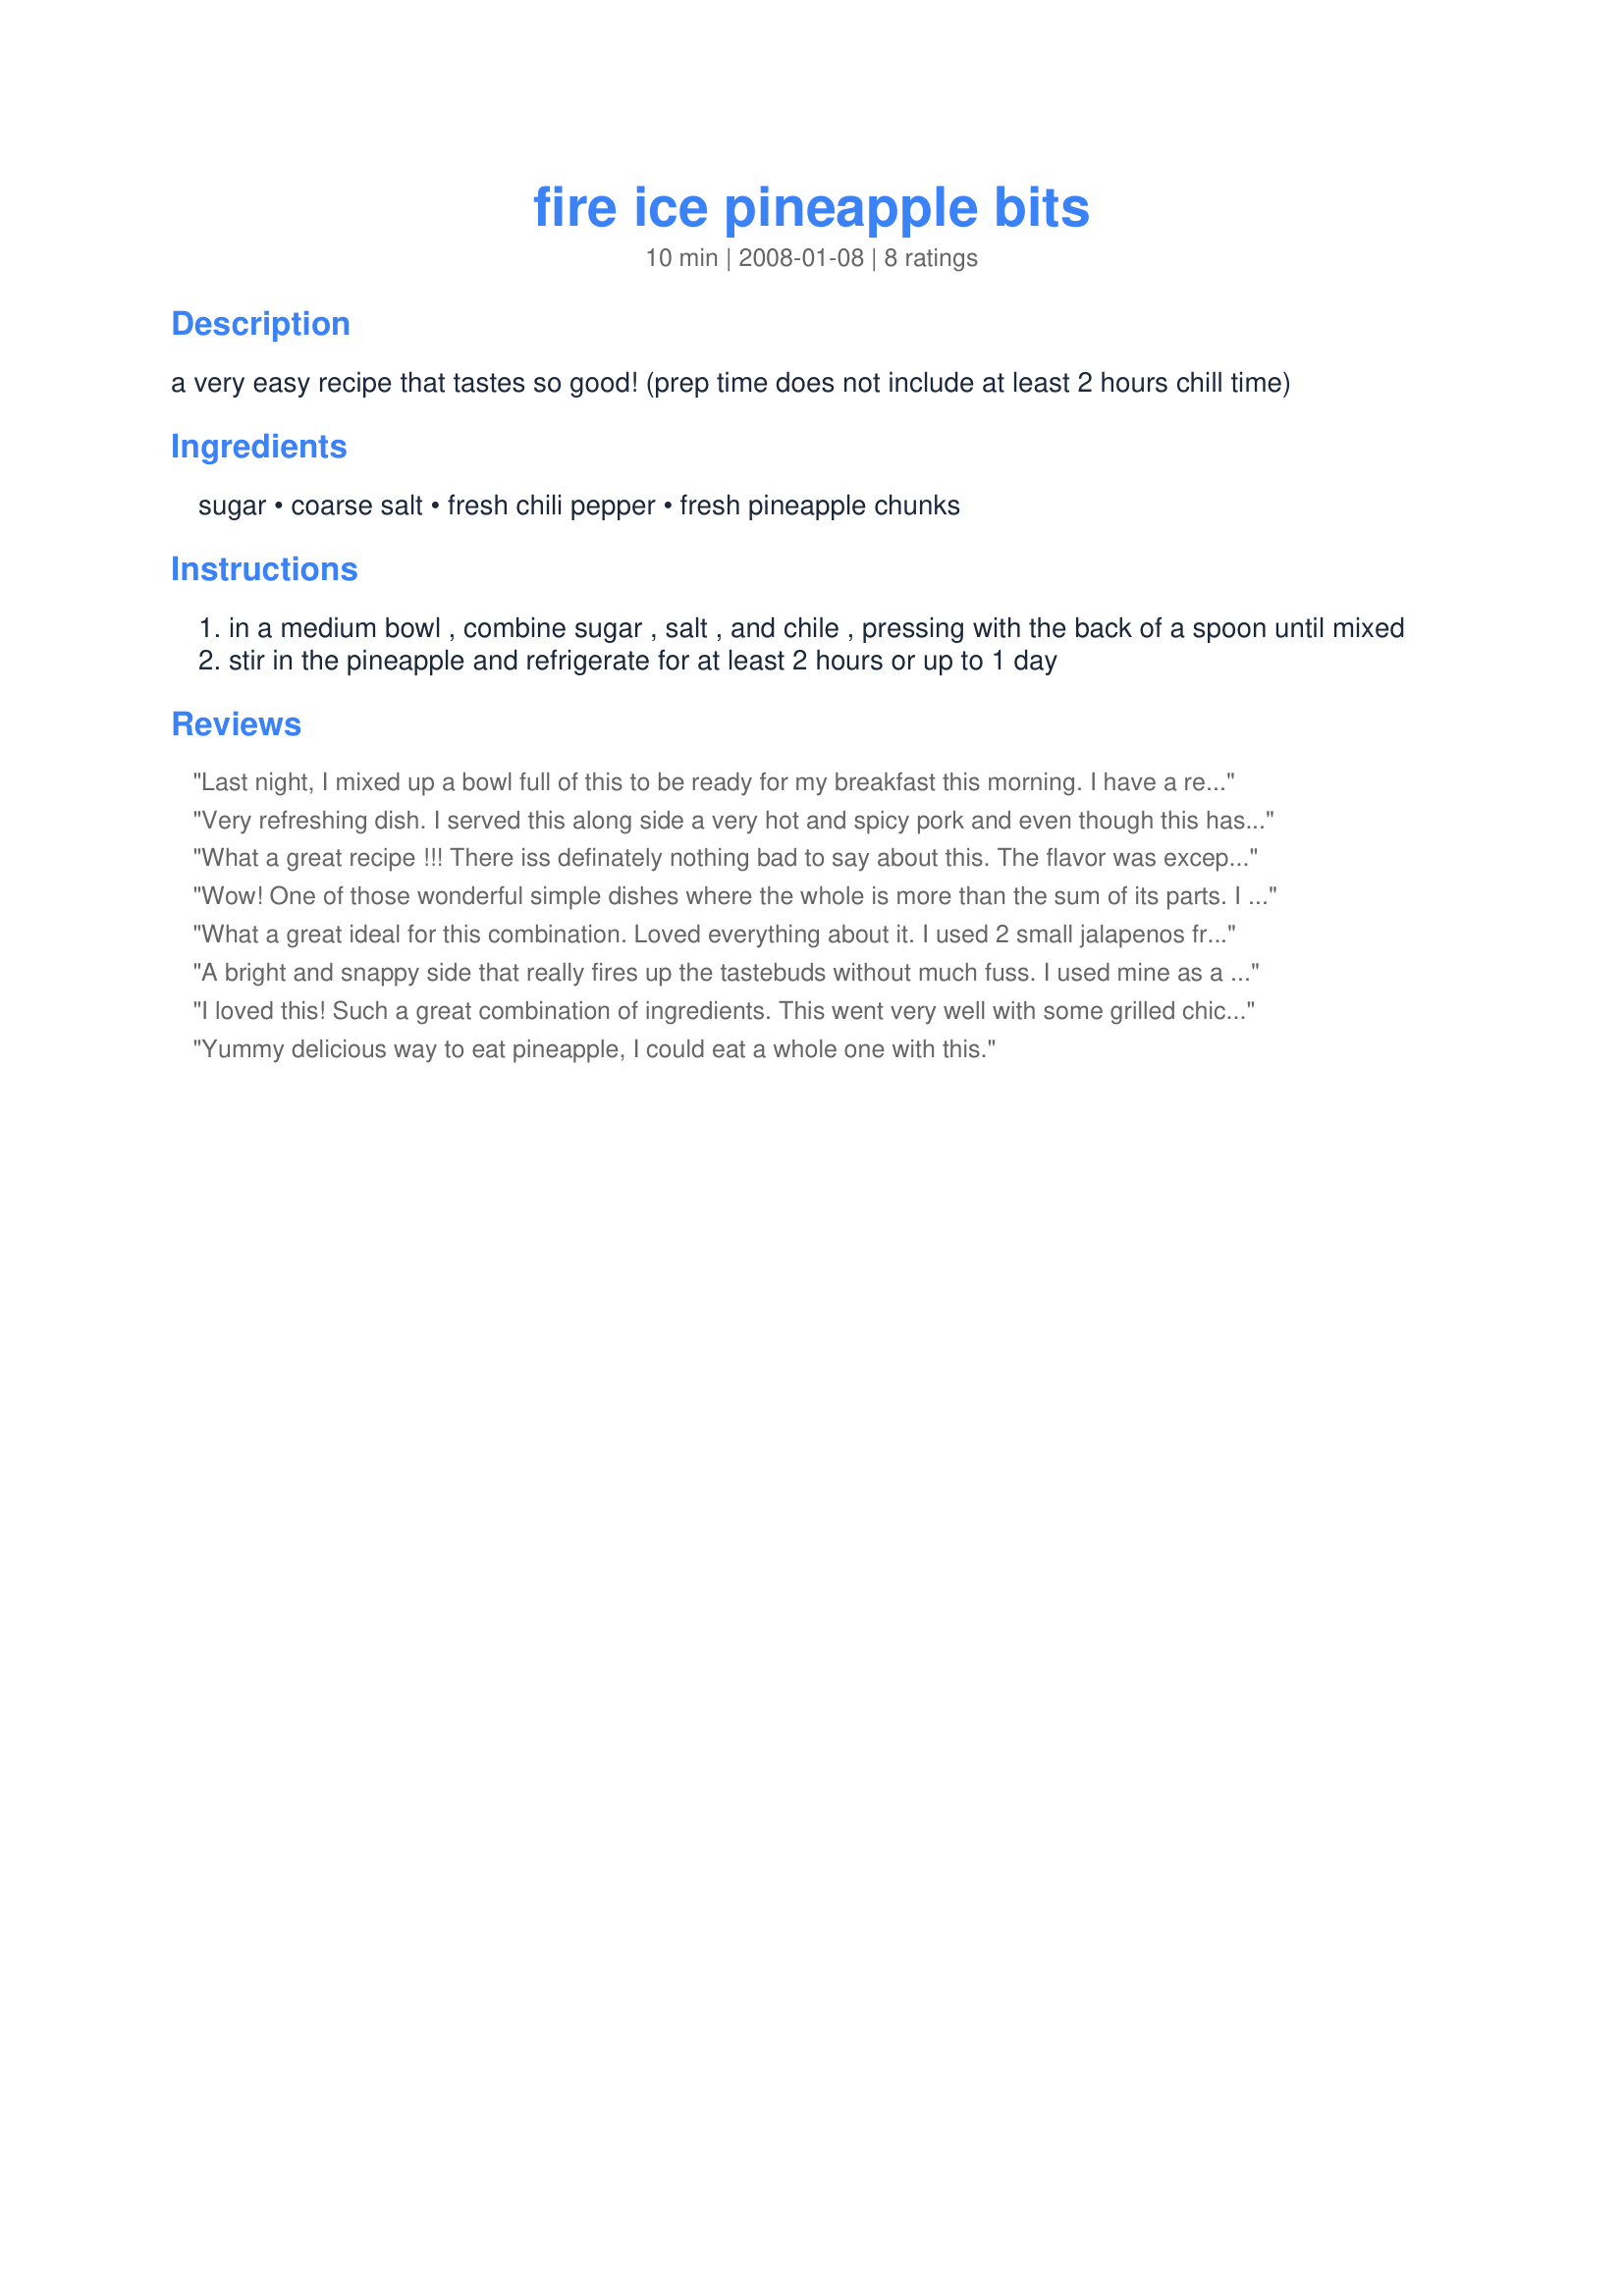
fire ice pineapple bits
Preparation time: 10 minutes

a very easy recipe that tastes so good! (prep time does not include at least 2 hours chill time)

Ingredients:
sugar, coarse salt, fresh chili pepper, fresh pineapple chunks

Steps:
in a medium bowl , combine sugar , salt , and chile , pressing with the back of a spoon until mixed
stir in the pineapple and refrigerate for at least 2 hours or up to 1 day

Reviews:
Last night, I mixed up a bowl full of this to be ready for my breakfast this morning. I have a recipe posted that includes cucumber and tomato with the pineapple and has a more complex (although still easy) dressing. It is a great summer side dish, but this was just the simple thing for breakfast. I love the sweetness of the pineapple combined with the heat of the chili peppers. It's a good way to wake up.
Very refreshing dish. I served this along side a very hot and spicy pork and even though this has some heat it did cut the overall fire of the main course. I broke down and did get the fresh pineapple although I did think about canned. I'm so glad I did because that is what really makes this great. I could not find habenero's so used serrano peppers instead. Loved this. Thanks Shelby Jo for posting.
What a great recipe !!! There iss definately nothing bad to say about this. The flavor was exceptional. The combination of ingredients was great too. A definate keeper. Made for football tag.
Wow! One of those wonderful simple dishes where the whole is more than the sum of its parts. I used a tiny hot red chili from our garden and served this with grilled chicken and seafood. Super flavor.
What a great ideal for this combination. Loved everything about it. I used 2 small jalapenos from my garden and used splenda in place of the sugar, but other than that made as directed. This complimented recipe #312374 so well. Thanks so much for sharing. Made for SSC Pet Parade.
A bright and snappy side that really fires up the tastebuds without much fuss. I used mine as a side to some grilled chicken marinated in sour orange and lime juices mixed with garlic and chili powder. The pineapple was so juicy I dribbled the excess on the breasts after grilling. In my version of this dish I used z-Sweet a natural sugar substitute in lieu of the sugar and a freshly cut pineapple. This would be such a hit at any picnic or barbeque. Thanks!
I loved this! Such a great combination of ingredients. This went very well with some grilled chicken. I will make this again as I love pineapple. Thanks for sharing.
Yummy delicious way to eat pineapple, I could eat a whole one with this.
